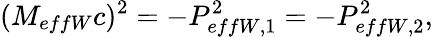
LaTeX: (M_{effW}c)^{2}=-P_{effW,1}^{2}=-P_{effW,2}^{2},